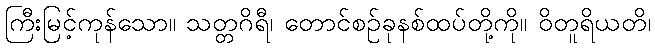
ကြီးမြင့်ကုန်သော။ သတ္တဂိရီ၊ တောင်စဉ်ခုနစ်ထပ်တို့ကို။ ဝိတူရိယတိ၊